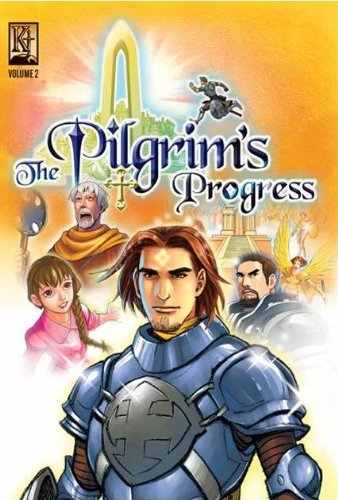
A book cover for Pilgrim's Progress VOL 2 (The Pilgrim's Progress); John Bunyan; Christian Books & Bibles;